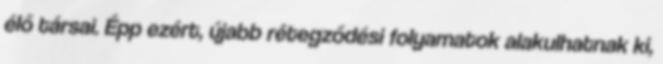
élő társai. Épp ezért, újabb rétegződési folyamatok alakulhatnak ki,